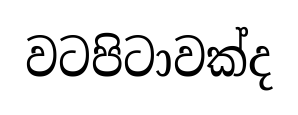
වටපිටාවක්ද